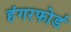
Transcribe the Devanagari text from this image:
हंगरफोर्ड